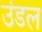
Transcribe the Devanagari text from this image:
उंडल